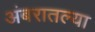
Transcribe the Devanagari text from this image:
अंबरातल्या